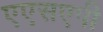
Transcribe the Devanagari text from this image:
एएसएपी